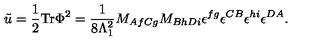
\tilde { u } = \frac { 1 } { 2 } \mathrm { T r } \Phi ^ { 2 } = \frac { 1 } { 8 \Lambda _ { 1 } ^ { 2 } } M _ { A f C g } M _ { B h D i } \epsilon ^ { f g } \epsilon ^ { C B } \epsilon ^ { h i } \epsilon ^ { D A } .